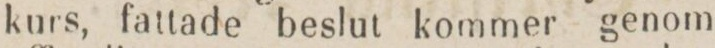
kurs, fattade beslut kommer genom